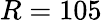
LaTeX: R=105